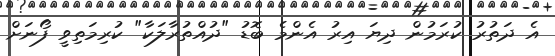
އެ ދަތުރު ކުރަމުން ދިޔަ އިރު އެންމެ ބޮޑު "ދުއްތުރާލަކާ" ކުރިމަތިވީ ފޯނަށް